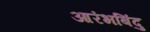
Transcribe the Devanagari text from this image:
आरंभबिंदु